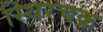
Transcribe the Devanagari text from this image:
स्थिरचक्र